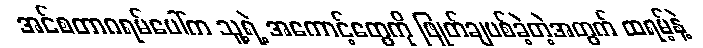
အင်စတာဂရမ်ပေါ်က သူ့ရဲ့ အကောင့်တွေကို ဖြုတ်ချပစ်ခဲ့တဲ့အတွက် ထရမ့်နဲ့